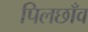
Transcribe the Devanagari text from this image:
पिलछाँव